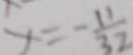
x = - \frac { 1 1 } { 3 2 }